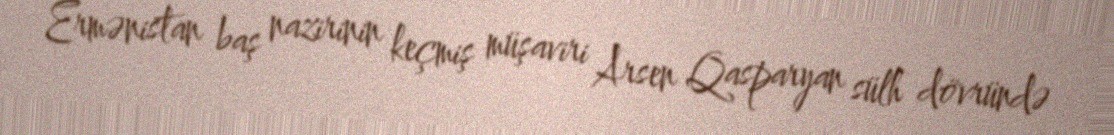
Ermənistan baş nazirinin keçmiş müşaviri Arsen Qasparyan sülh dövründə